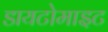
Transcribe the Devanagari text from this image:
डायटोमाइट